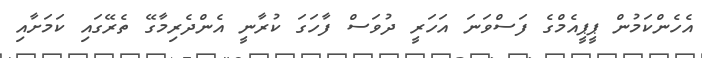
އެހެންކަމުން ޕީޕީއެމްގެ ފަސްވަނަ އަހަރީ ދުވަސް ފާހަގަ ކުރާނީ އެންދެރިމާގޭ ތެރޭގައި ކަމަށާއި